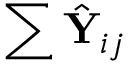
\sum \hat { \mathbf Y } _ { i j }